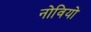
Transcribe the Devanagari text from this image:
नोवियो